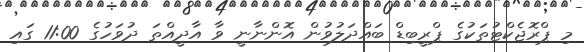
މި ޕްރޮޖެކްޓުތަކުގެ ޕްރީބިޑް ބައްދަލުވުން އޮންނާނީ ވާ އާދީއްތަ ދުވަހުގެ 11:00 ގައި